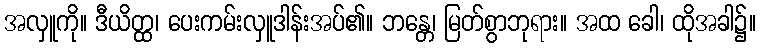
အလှူကို။ ဒီယိတ္ထ၊ ပေးကမ်းလှူဒါန်းအပ်၏။ ဘန္တေ၊ မြတ်စွာဘုရား။ အထ ခေါ၊ ထိုအခါ၌။